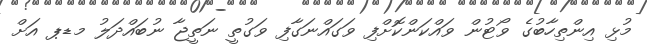
މުޅި އިންތިހާބުގެ ވޯޓުން ވައްކަންކޮށްފި ވަގައްނަގާފި ވަގުތީ ނަތީޖާ ނުބައްދަލު މޑޕ އަށް